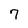
Character: 7